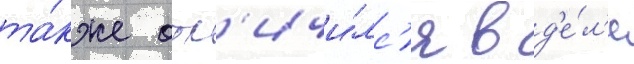
та́кже отл'ичи́лс'я в д'е́л'е